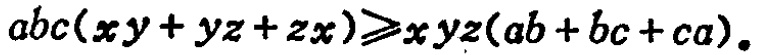
\(abc(xy + yz + zx)\geqslant xyz(ab + bc + ca)\)